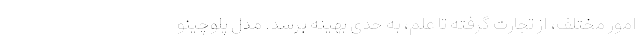
امور مختلف، از تجارت گرفته تا علم، به حدی بهینه برسد. مدل پلوچینو